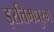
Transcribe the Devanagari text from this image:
इरत्तिमधुरम